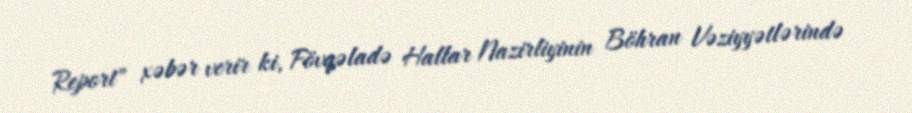
Report" xəbər verir ki, Fövqəladə Hallar Nazirliyinin Böhran Vəziyyətlərində